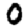
Digit: 0